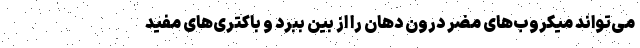
می‌تواند میکروب‌های مضر درون دهان را از بین ببرد و باکتری‌های مفید